Eliaser,_Agnia_(Rutt)_ja_Elga, lk 36
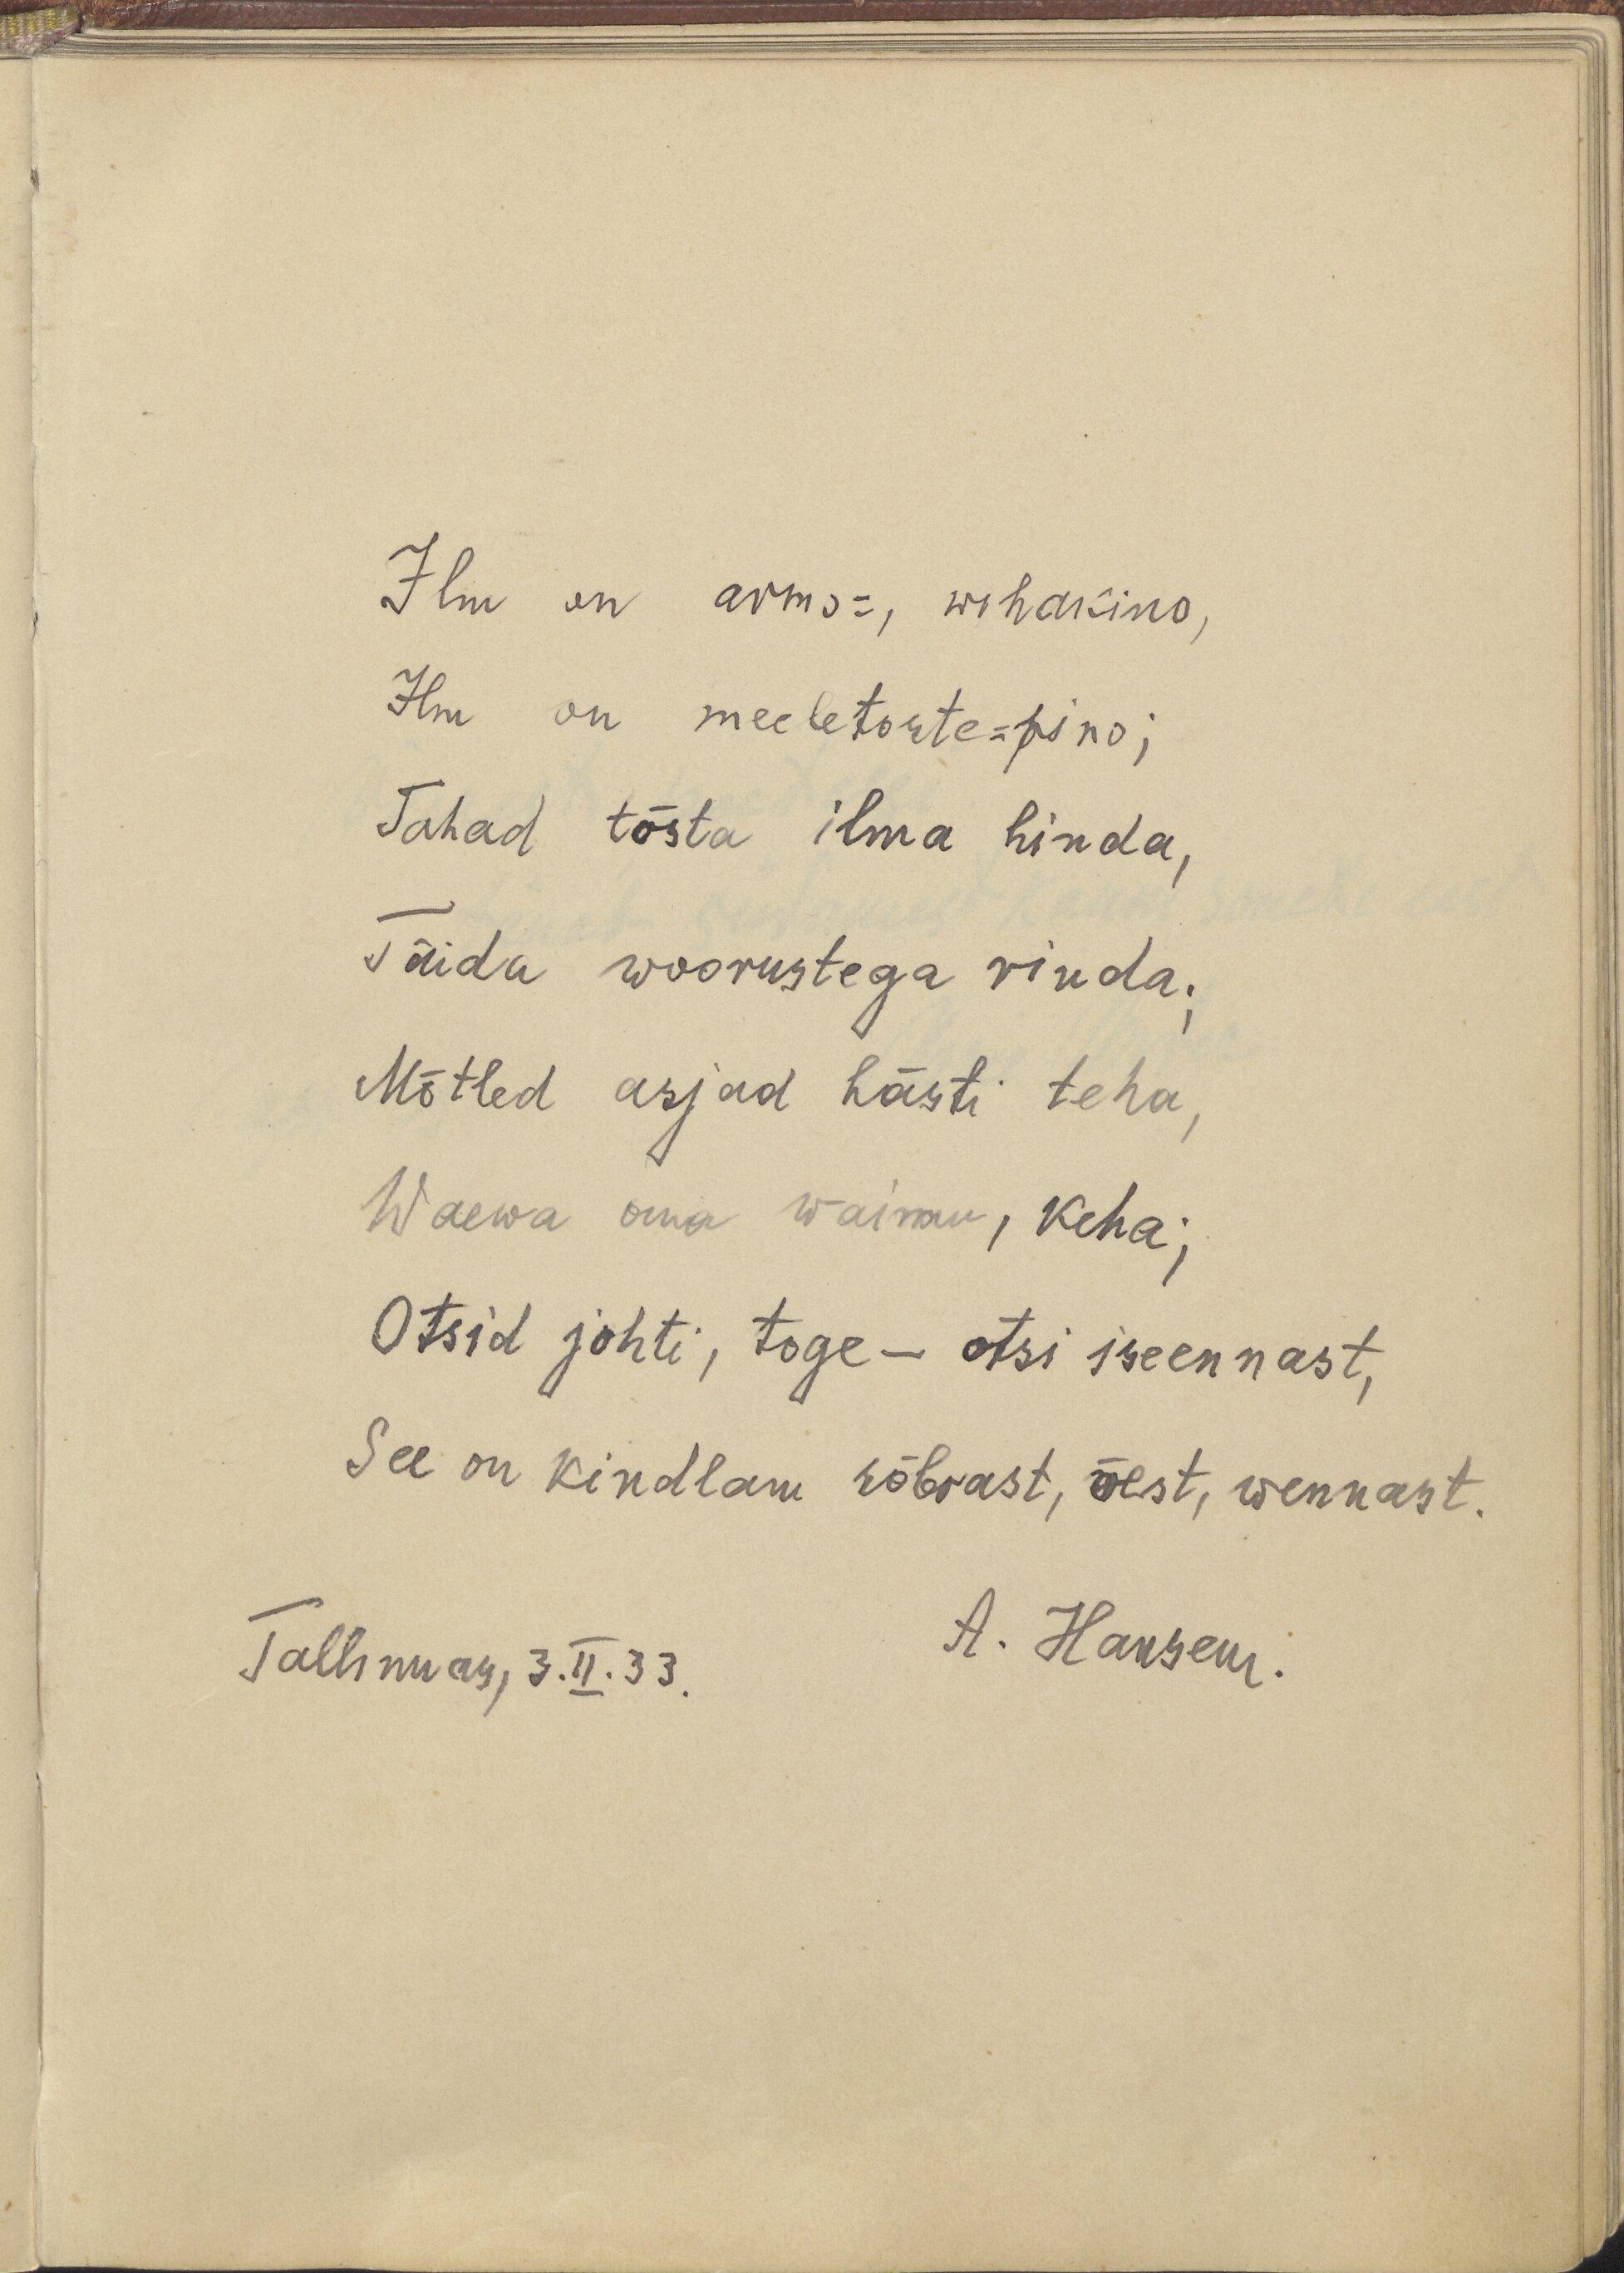
Ilm on armu-, wihakinu,
Ilm on meeletorte- pino;
Tahad tõsta ilma hinda,
Täida woorustega rinda.
Mõtled asjad hästi teha,
Waewa oma waimu, keha;
Otsid juhti, tuge - otsi iseennast,
See on kindlam sõbrast, õest, wennast.
Tallinnas, 3.II.33.
A. Haksem.